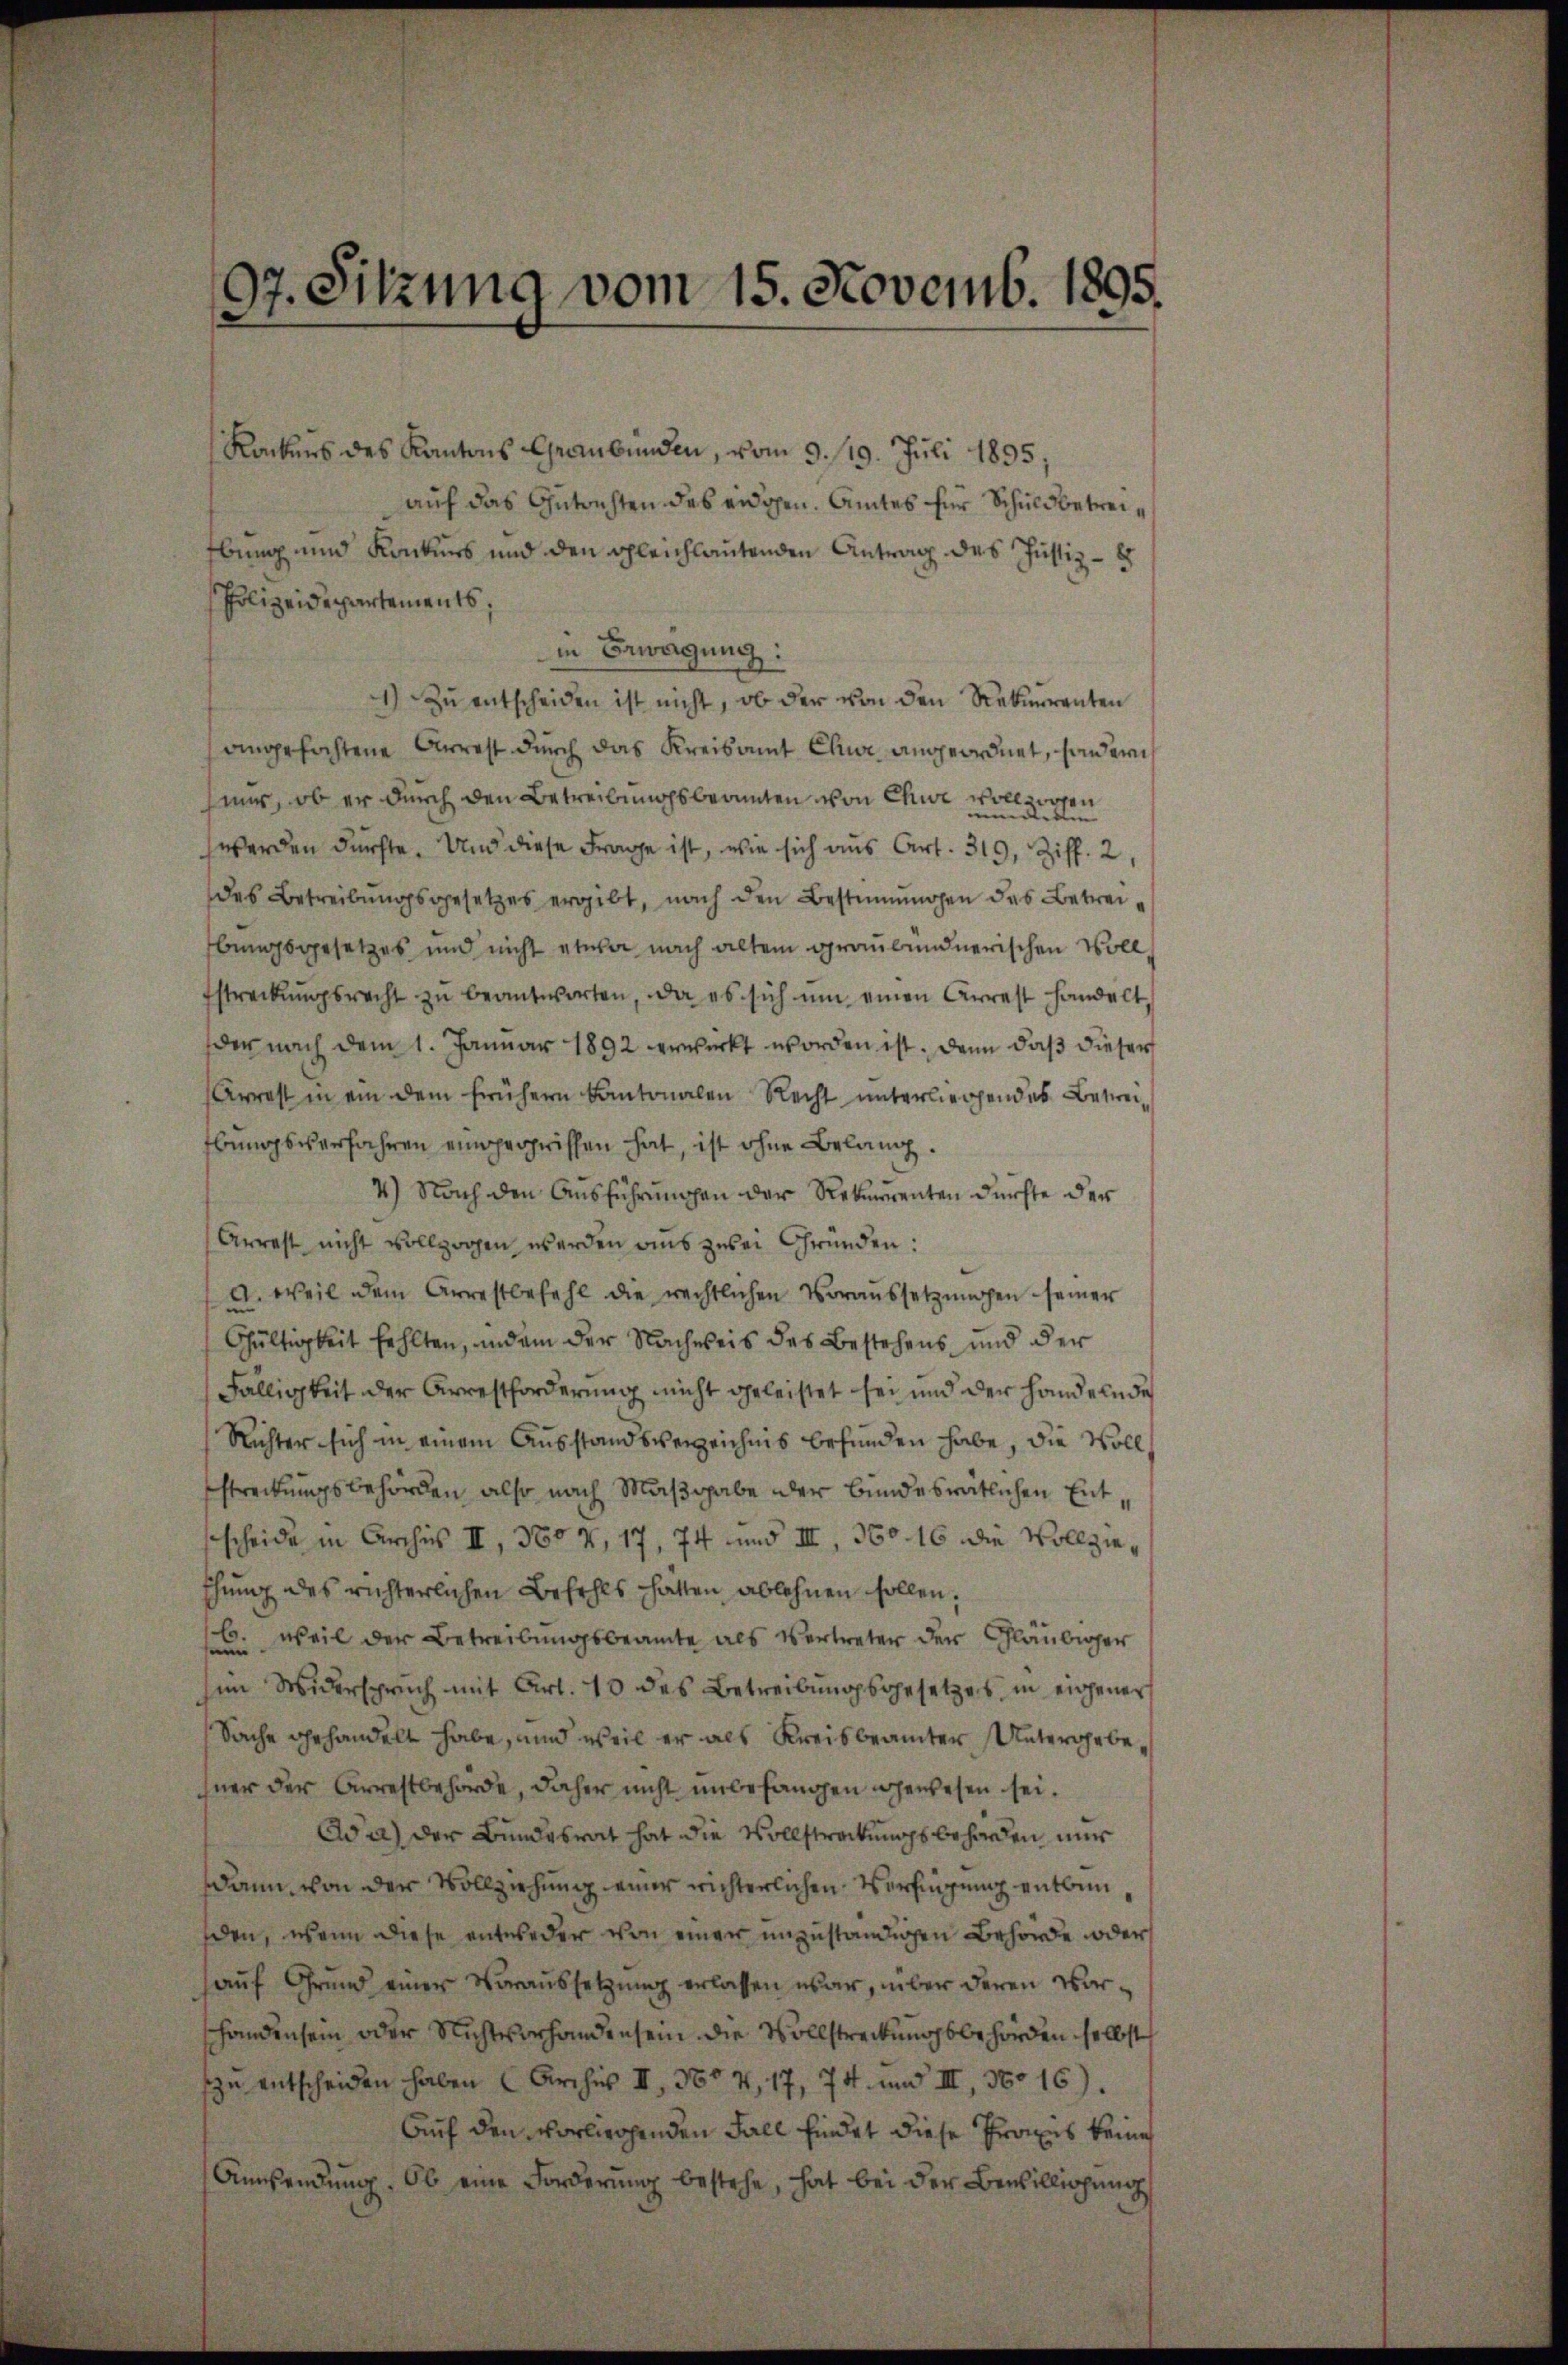
97. Sitzung vom 15. Novemb. 1895.

Rockens des Kantons Graubünden, vom 9. 119. Juli 1895;
auf das Gutrichten des eidgen. Amtes für Schuldbetreibung und Konkurs und den gleichlautenden Antrag des Justiz - 8
Polizeidepartements;
in Erwägung:
1) Zu entscheiden ist nicht, ob der von den Rekurrenten
angefochtene Arrest durch das Kreisamt Chur angeordnet, sondern
mur, ob er durch den Betreibungsbeamten von Chur vollzogen
werden dürfte. Und diese Frage ist, wie sich aus Art. 319, Ziff. 2
des Betreibungsgesetzes ergibt, nach den Bestimmungen des Betreibungsgesetzes und nicht etwa nach altem graubündnerischen Voll
Estreckŭngsrecht zŭ beantworten, da es sich um einen Arrest handelt,
der nach dem 1. Januar 1892 erwirkt worden ist. Dann daß dieser
Arrest in ein dem frühern kantonalen Recht unterliegendes Bestreibungsverfahren eingegriffen hat, ist ohne Belang.
4) Nach den Ausführungen der Rekurrenten dürfte der
Arrest nicht vollzogen werden aus zwei Gründen:
a. weil dem Arrestbefehl die rechtlichen Voraŭssetzŭngen seiner
Gültigkeit fehlten, und an der Nachweis des Bestehens und der
Fälligkeit der Arrestforderung nicht geleistet sei und der Handelnde
Richter sich in einem Ausstandsverzeichnis befunden habe, die Vollstreckungsbehörden, also nach Maßgabe der bundesrätlichen Entsscheide in Archis II., 360 4, 17, 74 und III, 360. 16 die Vollziethung des richterlichen Befehls hatten ablehnen sollen.
b. weil der Betreibungsbeamte als Vertreter der Gläubiger
im Widerspruch mit Art. 10 des Betreibungsgesetzes, in eigener
Sache gehandelt habe, und weil er als Kreisbeamter Untergebehner der Arrestbehörde, daher nicht unbefangen gewesen sei.
Ad a) der Bundesrat hat die Vollstreckungsbehörden nur
dann von der Vollziehung einer wichterlichen Verfügung entbin
den, wenn diese entweder von einer unzuständigen Behörde oder
hauf Grund einer Voraussetzung erlassen war, über deren Vorhandensein oder Nichtvorhandensein die Vollstreckungsbehörden selbst
zu entscheiden haben (Archis II., 360 4, 17, 74 und III, 360 16).
Auf den vorliehenden Fall findet diese Promes keine
Anssendung, Ob eine Forderung bestehe, hat bei der Bewilligung